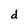
Character: d